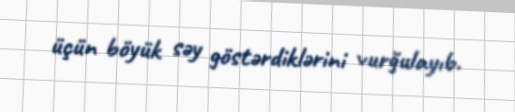
üçün böyük səy göstərdiklərini vurğulayıb.